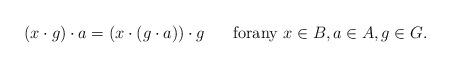
LaTeX: \begin{align*} (x\cdot g)\cdot a=(x\cdot (g\cdot a))\cdot g \;\;\;\;\; \mbox{ forany }x\in B, a\in A, g\in G.\end{align*}